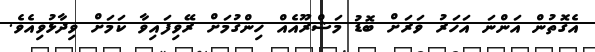
އެގޮތުން އަންނަ އަހަރު ވަރަށް ބޮޑު މަޝްރޫއެއް ހިންގުމަށް ރޭވިފައިވާ ކަމަށް ވިދާޅުވިއެވެ.